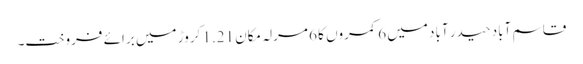
قاسم آباد حیدر آباد میں 6 کمروں کا 6 مرلہ مکان 1.21 کروڑ میں برائے فروخت۔